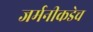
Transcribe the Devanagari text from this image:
जर्मनीकडेच